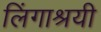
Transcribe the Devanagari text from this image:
लिंगाश्रयी